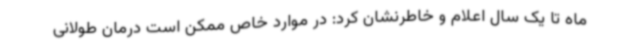
ماه تا یک سال اعلام و خاطرنشان کرد: در موارد خاص ممکن است درمان طولانی